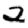
Digit: 2